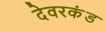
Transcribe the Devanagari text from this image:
देवरकंंड